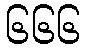
၆၆၆